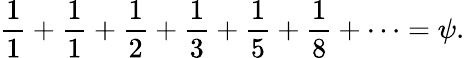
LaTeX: {\frac{1}{1}}+{\frac{1}{1}}+{\frac{1}{2}}+{\frac{1}{3}}+{\frac{1}{5}}+{\frac{1}{8}}+\cdots=\psi.